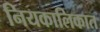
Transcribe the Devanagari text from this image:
नियकालिकात